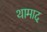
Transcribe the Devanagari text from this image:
थामाद